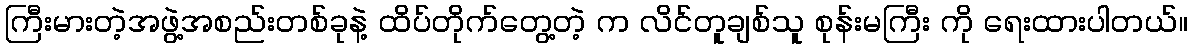
ကြီးမားတဲ့အဖွဲ့အစည်းတစ်ခုနဲ့ ထိပ်တိုက်တွေ့တဲ့ က လိင်တူချစ်သူ စုန်းမကြီး ကို ရေးထားပါတယ်။